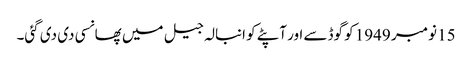
15 نومبر 1949 کو گوڈسے اور آپٹے کو انبالہ جیل میں پھانسی دی دی گئی۔